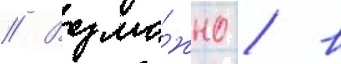
// Возмо́жно / в